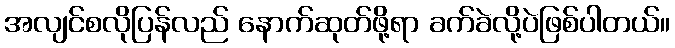
အလျင်စလိုပြန်လည် နောက်ဆုတ်ဖို့ရာ ခက်ခဲလို့ပဲဖြစ်ပါတယ်။